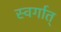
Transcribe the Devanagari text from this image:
स्वर्गात्